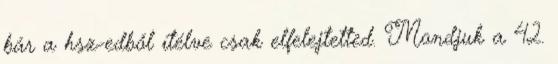
bár a hsz-edből ítélve csak elfelejtetted. Mondjuk a 42.